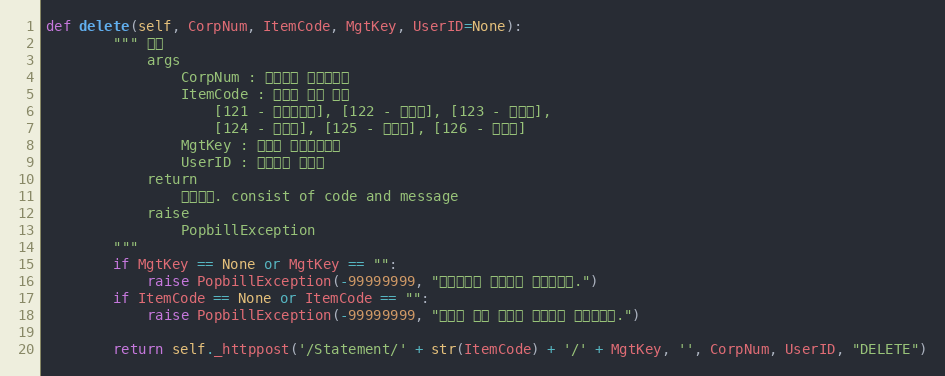
Language: Python
def delete(self, CorpNum, ItemCode, MgtKey, UserID=None):
        """ 삭제
            args
                CorpNum : 팝빌회원 사업자번호
                ItemCode : 명세서 종류 코드
                    [121 - 거래명세서], [122 - 청구서], [123 - 견적서],
                    [124 - 발주서], [125 - 입금표], [126 - 영수증]
                MgtKey : 파트너 문서관리번호
                UserID : 팝빌회원 아이디
            return
                처리결과. consist of code and message
            raise
                PopbillException
        """
        if MgtKey == None or MgtKey == "":
            raise PopbillException(-99999999, "관리번호가 입력되지 않았습니다.")
        if ItemCode == None or ItemCode == "":
            raise PopbillException(-99999999, "명세서 종류 코드가 입력되지 않았습니다.")

        return self._httppost('/Statement/' + str(ItemCode) + '/' + MgtKey, '', CorpNum, UserID, "DELETE")